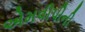
એમવીપીની